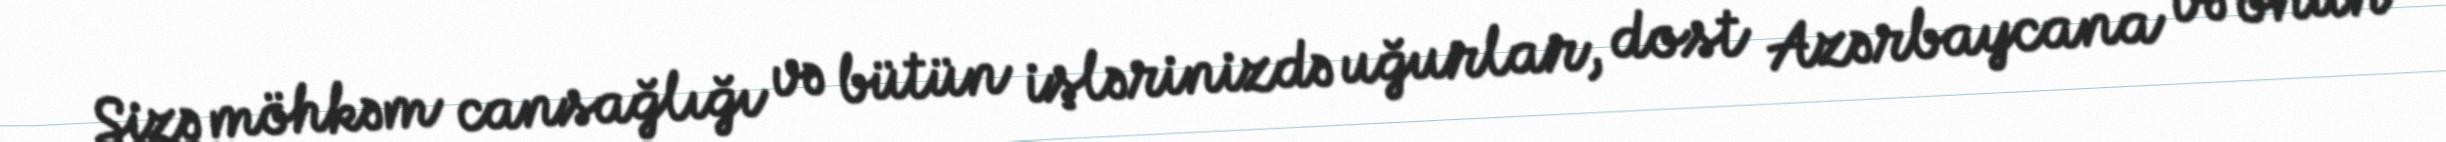
Sizə möhkəm cansağlığı və bütün işlərinizdə uğurlar, dost Azərbaycana və onun